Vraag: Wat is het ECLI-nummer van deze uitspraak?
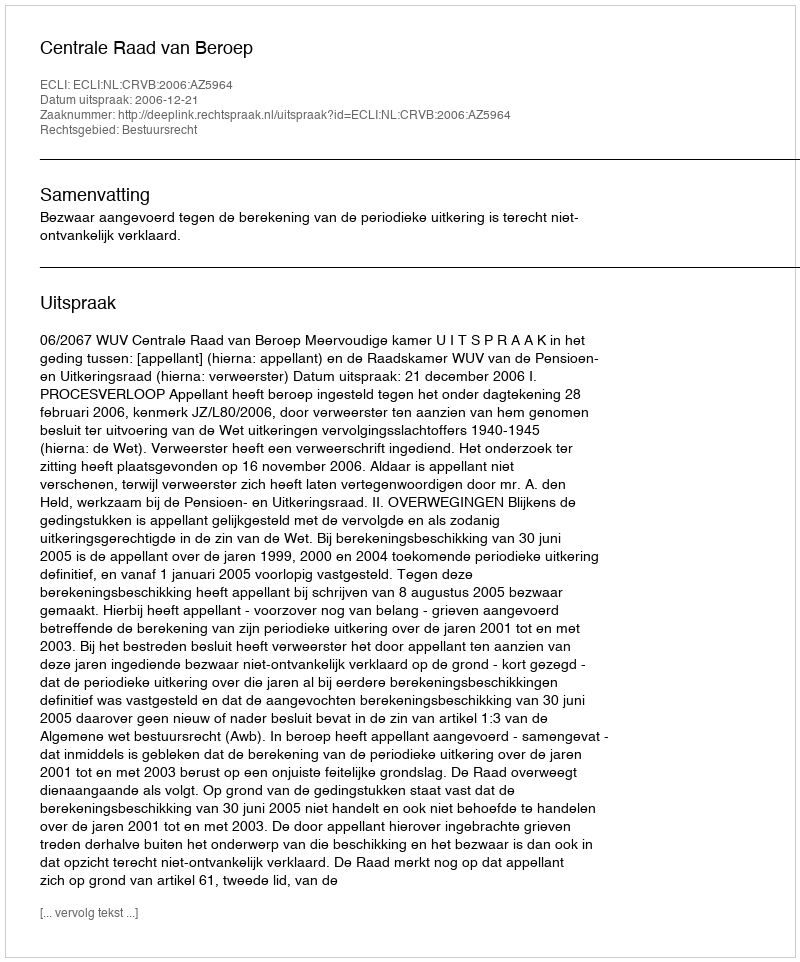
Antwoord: ECLI:NL:CRVB:2006:AZ5964